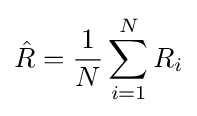
{\hat {R}}={\frac {1}{N}}\sum \limits _{i=1}^{N}R_{i}